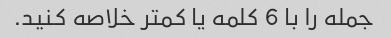
جمله را با 6 کلمه یا کمتر خلاصه کنید.